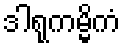
ဒါရုကမ္မိကံ